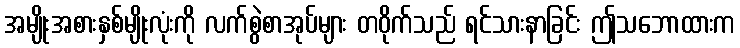
အမျိုးအစားနှစ်မျိုးလုံးကို လက်စွဲစာအုပ်များ တဝိုက်သည် ရင်သားနာခြင်း ဤသဘောထားက